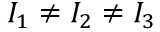
I _ { 1 } \ne I _ { 2 } \ne I _ { 3 }